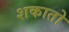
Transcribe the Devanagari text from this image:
शकातो